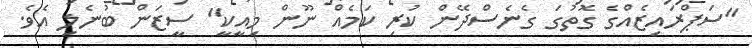
"ސަޕްރައިޒެއްގެ ގޮތުގަ ގެނެސްދޭން ކުރި ކަމެއް ނޫން މިއީކީ" ސީޒަން ބުނެލި އެވެ.